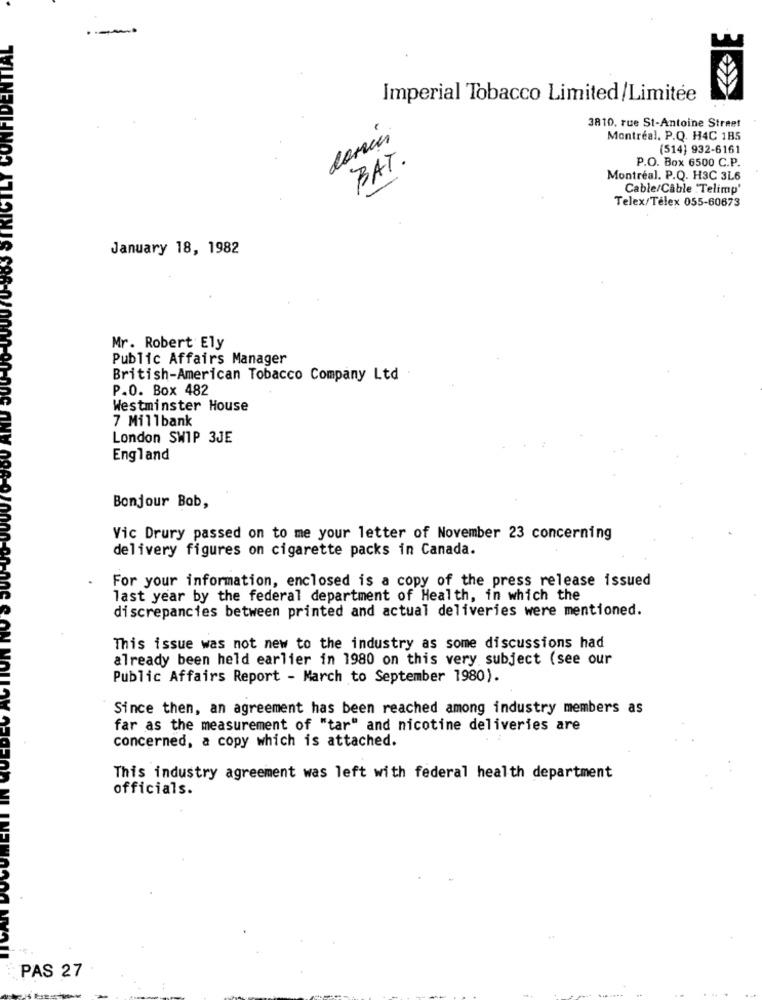
.--
AL
Imperial Tobacco Limited/Limitée
3810, rue St-Antoine Street
Montréal. P.Q. H4C 1B5
(514) 932-6161
BAT.
P.O. Box 6500 C.P.
Montréal. P.Q. H3C 3L6
Cable/Cable 'Telimp'
Telex/Télex 055-60673
January 18, 1982
Mr. Robert Ely
Public Affairs Manager
British-American Tobacco Company Ltd
P.O. Box 482
Westminster House
7 Millbank
London SWIP 3JE
England
Bonjour Bob,
Vic Drury passed on to me your letter of November 23 concerning
delivery figures on cigarette packs in Canada.
For your information, enclosed is a copy of the press release issued
last year by the federal department of Health, in which the
discrepancies between printed and actual deliveries were mentioned.
This issue was not new to the industry as some discussions had
already been held earlier in 1980 on this very subject (see our
Public Affairs Report - March to September 1980).
Since then, an agreement has been reached among industry members as
far as the measurement of "tar" and nicotine deliveries are
concerned, a copy which is attached.
This industry agreement was left with federal health department
officials.
PAS 27